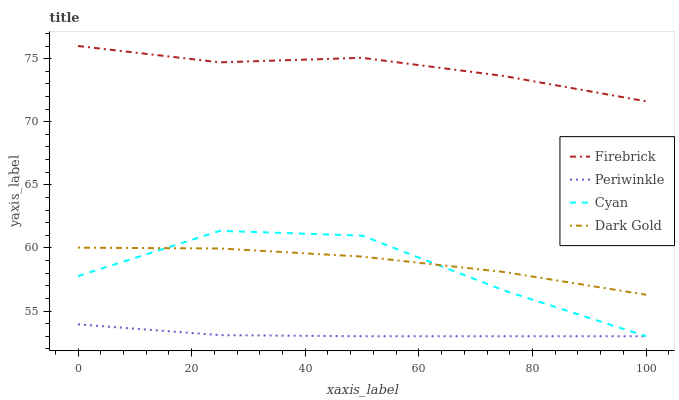
| xaxis_label | Firebrick | Periwinkle | Cyan | Dark Gold |
 | --- | --- | --- | --- | --- |
 | 0 | 76 | 53.9 | 57.8 | 60 |
 | 25 | 74.7 | 53.1 | 61.4 | 60 |
 | 50 | 75.1 | 53 | 61 | 59.3 |
 | 75 | 73.6 | 53 | 56.6 | 58.1 |
 | 100 | 71.6 | 53 | 53 | 56.3 |